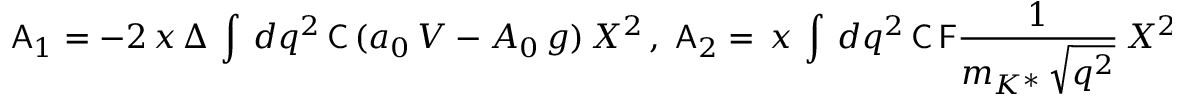
{ \sf A } _ { 1 } = \displaystyle - 2 \, x \, \Delta \, \int \, d q ^ { 2 } \, { \sf C } \, ( { a _ { 0 } \, V - A _ { 0 } \, g } ) \, X ^ { 2 } \, , \; { \sf A } _ { 2 } = \displaystyle \, x \, \int \, d q ^ { 2 } \, { \sf C } \, { \sf F } \frac { 1 } { m _ { K ^ { * } } \, \sqrt { q ^ { 2 } } } \, X ^ { 2 } \; ,